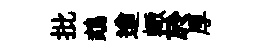
批鵡遒輙於厚